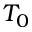
T _ { 0 }